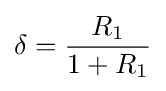
\delta ={\frac {R_{1}}{1+R_{1}}}